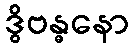
ဒွိဗန္ဓနော